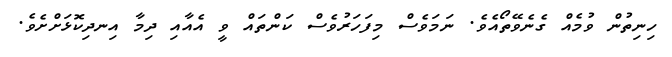
ހިނިތުން ވުމެއް ގެނެވޭތޯއެވެ. ނަމަވެސް މިފަހަރުވެސް ކަންތައް ވީ އެއާއި ދިމާ އިނދިކޮޅަށްށެވެ.